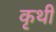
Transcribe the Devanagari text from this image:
कृथी